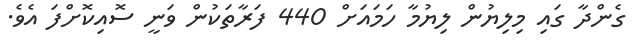
ގެންދާ ގައި މިލިޔުން ލިޔުމާ ހަމައަށް 440 ފަރާތަކުން ވަނީ ސޮއިކޮށްފަ އެވެ.